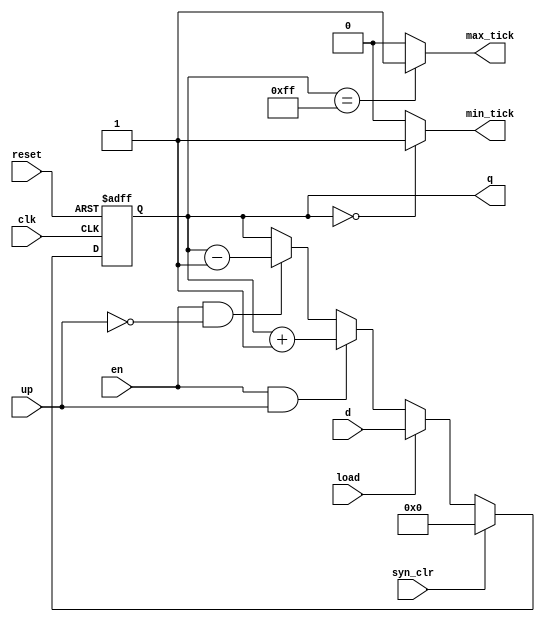
//Listing 4.10
//Chapter 4
//Page 94
//Copyright 2008

module univ_bin_counter
    #(
      parameter N = 8
     )
    (
     input wire clk, reset,
     input wire syn_clr, load, en, up,
     input wire [N-1:0] d,
     output wire max_tick, min_tick,
     output wire [N-1:0] q
    );
    
    // signal declaration
    reg [N-1:0] r_reg, r_next;
    
    // body
    // register
    always @(posedge clk, posedge reset)
        begin
            if (reset)
                r_reg <= 0;     //
            else
                r_reg <= r_next;
        end
    
    //next_state logic
    always @*
        if (syn_clr)
            r_next = 0;
        else if (load)
            r_next = d;     // load d into the internal counter
        else if (en & up)
            r_next = r_reg + 1;
        else if (en & ~ up)
            r_next = r_reg - 1;
        else
            r_next = r_reg;
    
    // output logic
    assign q = r_reg;
    assign max_tick = (r_reg == 2**N - 1) ? 1'b1 : 1'b0;
    assign min_tick = (r_reg == 0) ? 1'b1 : 1'b0;
    
endmodule       // univ_bin_counter